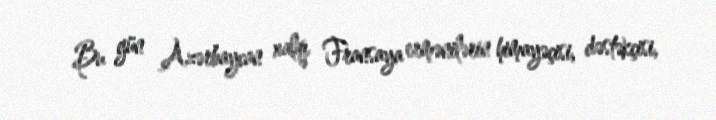
Bu gün Azərbaycan xalqı Fransaya ermənilərin himayəçisi, dəstəkçisi,